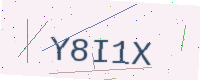
Text: Y8I1X